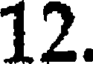
12.